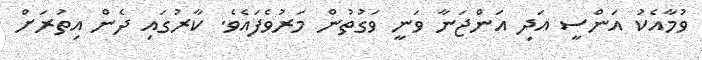
ވުމާއެކު އަންސީ އަދި އަންޖަނާ ވަނީ ވަގުތުން މަރުވެފައެވެ. ކާރުގައި ދެން އިތުރަށް